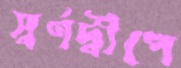
স্বর্ণদ্বীপে